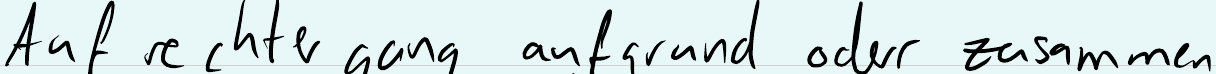
Auf rechter gang aufgrund oder zusammen